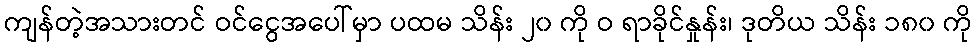
ကျန်တဲ့အသားတင် ဝင်ငွေအပေါ်မှာ ပထမ သိန်း ၂၀ ကို ဝ ရာခိုင်နှုန်း၊ ဒုတိယ သိန်း ၁၈၀ ကို